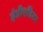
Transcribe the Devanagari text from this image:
ईडीएडिटर